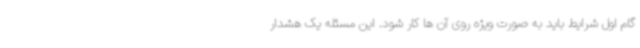
گام اول شرایط باید به صورت ویژه روی آن ها کار شود. این مسئله یک هشدار